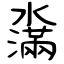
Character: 濷